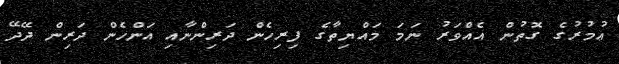
ޢުމުރުގެ ގޮތުން އެއްވަރު ނަމަ މައްޔިތާގެ ފިރިހެން ދަރިންނާއި އަންހެން ދަރިން ދޭދޭ